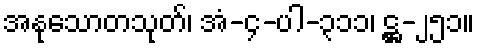
အနုသောတသုတ်၊ အံ-၄-ပါ-၃၁၁၊ ဋ္ဌ-၂၅၁။